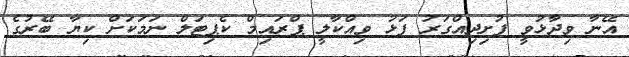
އޭނާ ވިދާޅުވީ ފުށިދިއްގަރު ފަޅު ވިއްކާލީ ޕްރައިމް ކެޕިޓަލް ނަމަކަށް ކިޔާ ބޭރުގެ